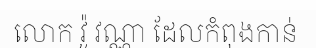
លោក វ៉ូ វណ្ណា ដែលកំពុងកាន់